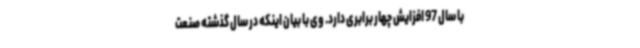
با سال 97 افزایش چهار برابری دارد. وی با بیان اینکه در سال گذشته صنعت